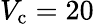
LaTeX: V_{\mathrm{c}}=20